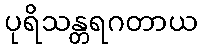
ပုရိသန္တရဂတာယ